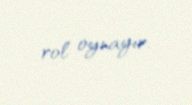
rol oynayır.